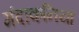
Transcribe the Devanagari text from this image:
मंदाकनियां